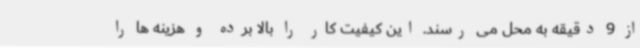
از 9 دقیقه به محل می رسند. این کیفیت کار را بالا برده و هزینه ها را